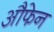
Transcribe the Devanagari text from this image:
औफेन